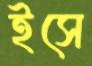
ইসে